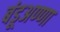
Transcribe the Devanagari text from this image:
बंडूअण्णा